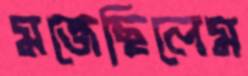
মজেছিলেম